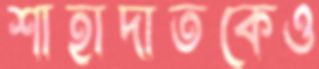
শাহাদাতকেও